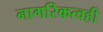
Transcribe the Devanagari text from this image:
नागरिकत्वही